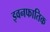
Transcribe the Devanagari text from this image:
इवनफातिक